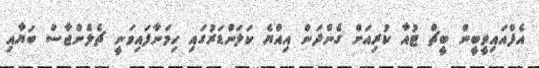
އެފްއައިވީބީން ބީޗް ޓުއާ ކުރިއަށް ގެންދަން އިއްޔެ ކަލަންޑަރުގައި ހިމަނާފައިވަނީ ޗެލެންޖާސް ބަޔާއި